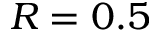
R = 0 . 5